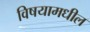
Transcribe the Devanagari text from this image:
विषयामधील